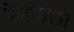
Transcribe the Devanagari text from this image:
देनवाल।